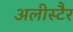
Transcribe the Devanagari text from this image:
अलीस्टैर